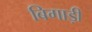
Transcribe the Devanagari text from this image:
बिगाड़ी